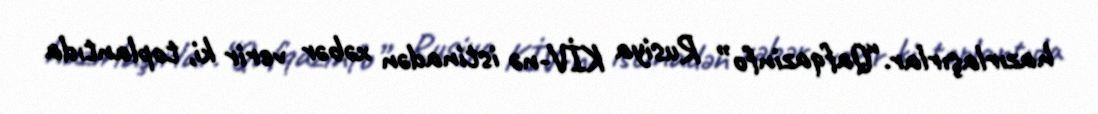
hazırlaşırlar.“Qafqazinfo” Rusiya KİV-nə istinadən xəbər verir ki, toplantıda